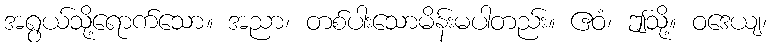
အရွယ်သို့ရောက်သော။ အညာ၊ တစ်ပါးသောမိန်းမပါတည်း။ ဧဝံ၊ ဤသို့။ ဝဒေယျ၊